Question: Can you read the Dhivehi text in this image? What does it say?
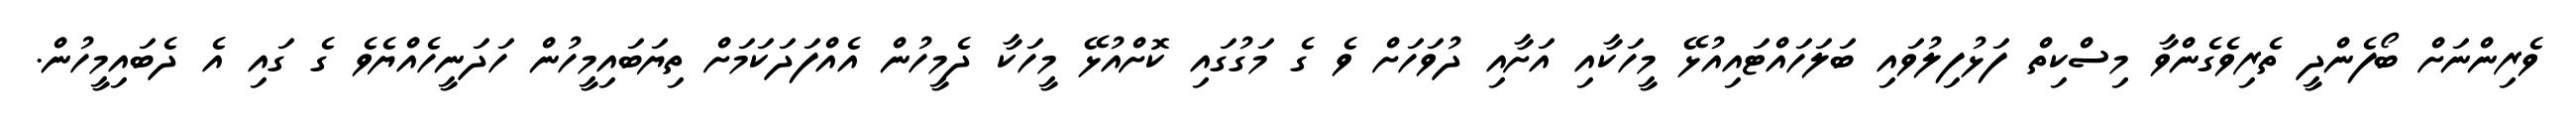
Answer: ވެރިންނަށް ބޯފެންދީ ތެރިވެގެންވާ މިސްކިތް ފަޅުފިލުވައި ބަލަހައްޓައިއުޅޭ މީހަކާއި އަށާއި ދުވަހަށް ވެ ގެ މަގުގައި ކޮށްއުޅޭ މީހަކާ ދެމީހުން އެއްފަދަކަމަށް ތިޔަބައިމީހުން ހަދަނީހެއްޔެވެ ގެ ގައި އެ ދެބައިމީހުން.